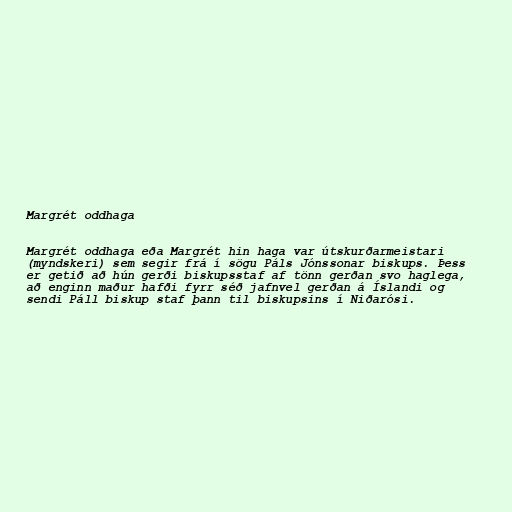
Margrét oddhaga

Margrét oddhaga eða Margrét hin haga var útskurðarmeistari
(myndskeri) sem segir frá í sögu Páls Jónssonar biskups. Þess
er getið að hún gerði biskupsstaf af tönn gerðan svo haglega,
að enginn maður hafði fyrr séð jafnvel gerðan á Íslandi og
sendi Páll biskup staf þann til biskupsins í Niðarósi.